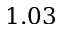
1 . 0 3